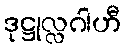
ဒုဋ္ဌုလ္လဂါဟီ